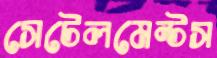
সেটেলমেন্টস